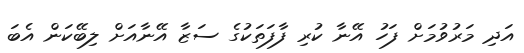
އަދި މަރުވުމަށް ފަހު އޭނާ ކުރި ފާފަތަކުގެ ސަޒާ އޭނާއަށް ލިބޭކަން އެބަ